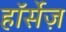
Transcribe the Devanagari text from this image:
हॉर्सेज़